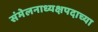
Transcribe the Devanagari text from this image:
संमेलनाध्यक्षपदाच्या